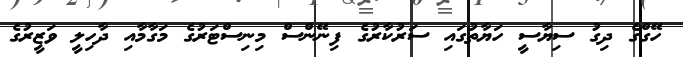
ހޭގްގެ ދިގު ސިޔާސީ ހަޔާތުގައި ސަރުކާރުގެ ފިނޭންސް މިނިސްޓަރުގެ މަގާމާއި ދާހިލީ ވަޒީރުގެ